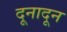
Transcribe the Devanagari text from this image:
दूनादून